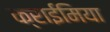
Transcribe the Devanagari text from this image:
क्राईमिया